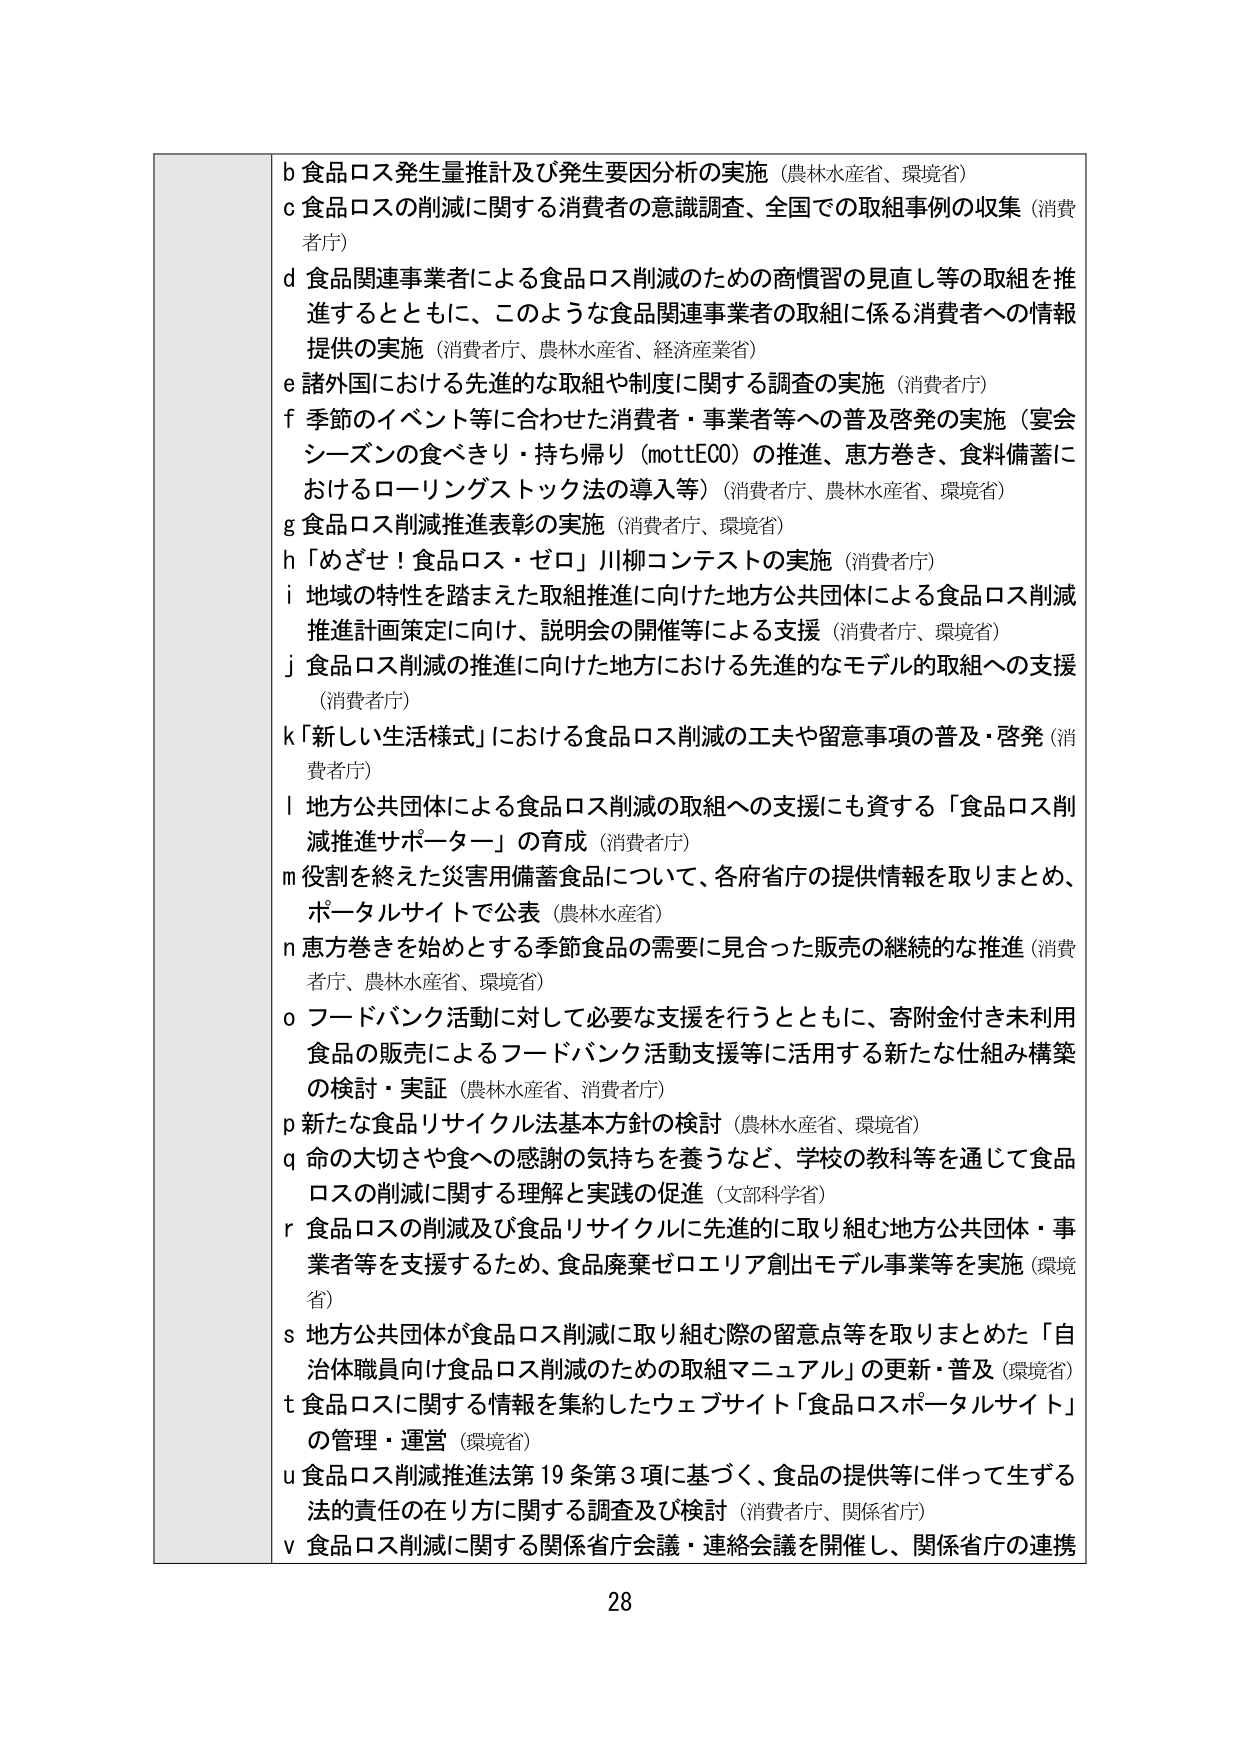
b 食品ロス発生量推計及び発生要因分析の実施（農林水産省、環境省）
c 食品ロスの削減に関する消費者の意識調査、全国での取組事例の収集（消費者庁）
d 食品関連事業者による食品ロス削減のための商慣習の見直し等の取組を推進するとともに、このような食品関連事業者の取組に係る消費者への情報提供の実施（消費者庁、農林水産省、経済産業省）
e 諸外国における先進的な取組や制度に関する調査の実施（消費者庁）
f 季節のイベント等に合わせた消費者・事業者等への普及啓発の実施（宴会シーズンの食べきり・持ち帰り（mottECO）の推進、恵方巻き、食料備蓄におけるローリングストック法の導入等）（消費者庁、農林水産省、環境省）
g 食品ロス削減推進表彰の実施（消費者庁、環境省）
h 「めざせ！食品ロス・ゼロ」川柳コンテストの実施（消費者庁）
i 地域の特性を踏まえた取組推進に向けた地方公共団体による食品ロス削減推進計画策定に向け、説明会の開催等による支援（消費者庁、環境省）
j 食品ロス削減の推進に向けた地方における先進的なモデルの取組への支援（消費者庁）
k 「新しい生活様式」における食品ロス削減の工夫や留意事項の普及・啓発（消費者庁）
l 地方公共団体による食品ロス削減の取組への支援にも資する「食品ロス削減推進サポーター」の育成（消費者庁）
m 役割を終えた災害用備蓄食品について、各府省庁の提供情報を取りまとめ、ポータルサイトで公表（農林水産省）
n 恵方巻きを始めとする季節食品の需要に見合った販売の継続的な推進（消費者庁、農林水産省、環境省）
o フードバンク活動に対して必要な支援を行うとともに、寄附金付き未利用食品の販売によるフードバンク活動支援等に活用する新たな仕組み構築の検討・実証（農林水産省、消費者庁）
p 新たな食品リサイクル法基本方針の検討（農林水産省、環境省）
q 命の大切さや食への感謝の気持ちを養うなど、学校の教科等を通じて食品ロスの削減に関する理解と実践の促進（文部科学省）
r 食品ロスの削減及び食品リサイクルに先進的に取り組む地方公共団体・事業者等を支援するため、食品廃棄ゼロエリア創出モデル事業等を実施（環境省）
s 地方公共団体が食品ロス削減に取り組む際の留意点等を取りまとめた「自治体職員向け食品ロス削減のための取組マニュアル」の更新・普及（環境省）
t 食品ロスに関する情報を集約したウェブサイト「食品ロスポータルサイト」の管理・運営（環境省）
u 食品ロス削減推進法第19条第3項に基づく、食品の提供等に伴って生ずる法的責任の在り方に関する調査及び検討（消費者庁、関係省庁）
v 食品ロス削減に関する関係省庁会議・連絡会議を開催し、関係省庁の連携

28